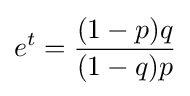
e^{t}={\frac {(1-p)q}{(1-q)p}}